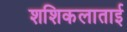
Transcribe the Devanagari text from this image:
शशिकलाताई